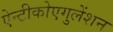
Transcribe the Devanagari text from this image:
ऐन्टीकोएगुलेंशन